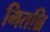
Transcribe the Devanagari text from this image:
मितन्नि